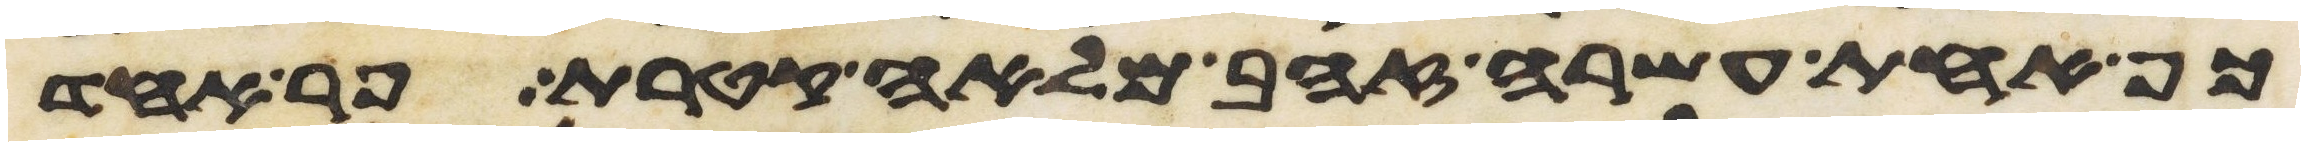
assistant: כף אחת עשרה זהב מלאה קטרת פר אחד